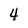
Character: 4